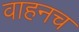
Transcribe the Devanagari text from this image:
वाहनच